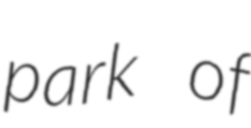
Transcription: park of